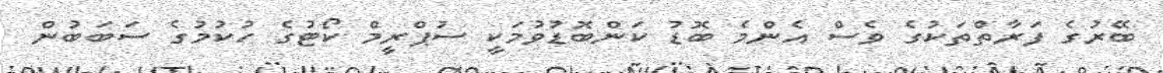
ބޭރުގެ ފަރާތްތަކުގެ ވެސް އެންމެ ބޮޑު ކަންބޮޑުވުމަކީ ސުޕްރީމް ކޯޓުގެ ހުކުމުގެ ސަބަބުން